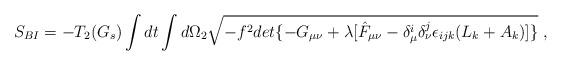
LaTeX: \begin{align*}S_{BI}=-T_2(G_s)\int dt\int d\Omega_2 \sqrt{-f^2det\{ -G_{\mu\nu} + \lambda[ \hat F _{\mu\nu}-\delta_\mu^i\delta_\nu^j\epsilon_{ijk}(L_k+A_k)]\} }\ ,\end{align*}